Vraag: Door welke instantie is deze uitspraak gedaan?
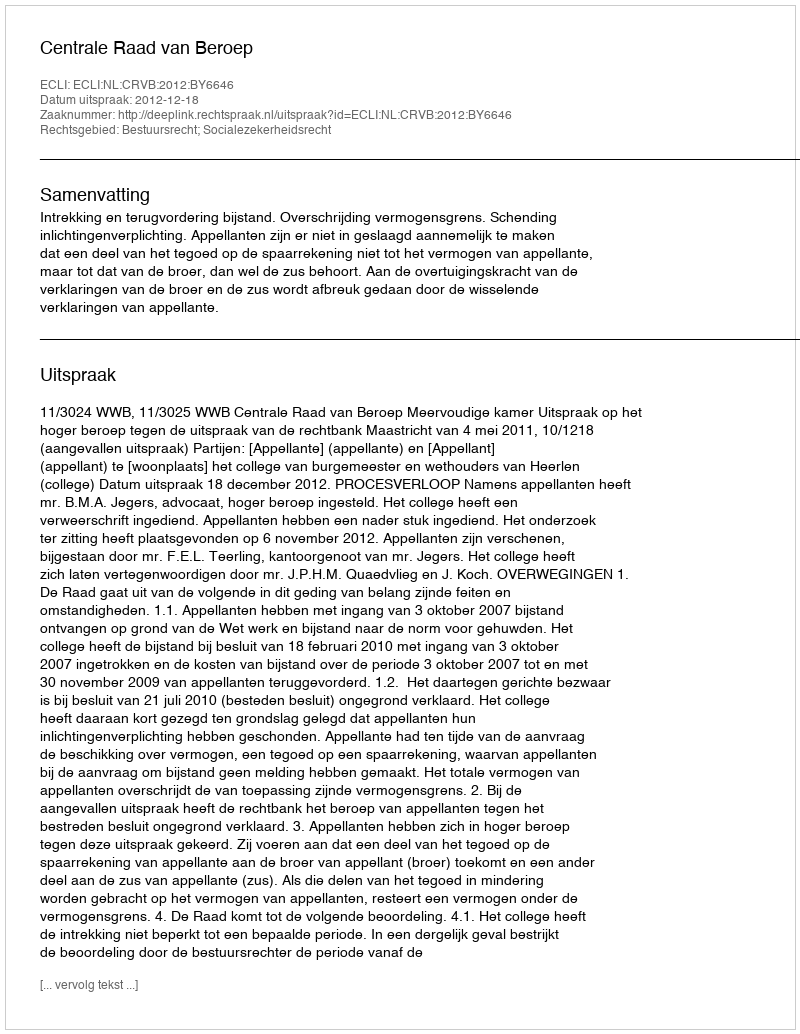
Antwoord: Centrale Raad van Beroep